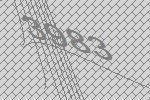
3983